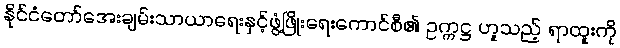
နိုင်ငံတော်အေးချမ်းသာယာရေးနှင့်ဖွံ့ဖြိုးရေးကောင်စီ၏ ဥက္ကဋ္ဌ ဟူသည့် ရာထူးကို